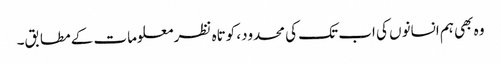
وہ بھی ہم انسانوں کی اب تک کی محدود، کوتاہ نظر معلومات کے مطابق۔